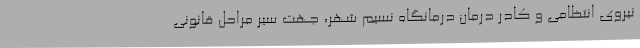
نیروی انتظامی و کادر درمان درمانگاه نسیم شهر، جهت سیر مراحل قانونی